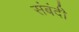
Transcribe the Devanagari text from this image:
संबंदी